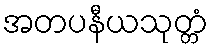
အတပနီယသုတ္တံ